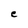
Character: e